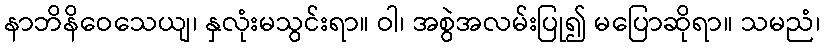
နာဘိနိဝေသေယျ၊ နှလုံးမသွင်းရာ။ ဝါ၊ အစွဲအလမ်းပြု၍ မပြောဆိုရာ။ သမညံ၊